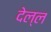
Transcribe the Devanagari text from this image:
देल्ल